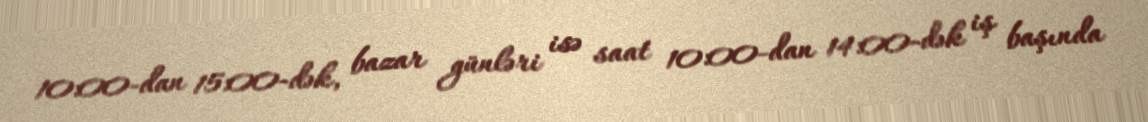
10:00-dan 15:00-dək, bazar günləri isə saat 10:00-dan 14:00-dək iş başında